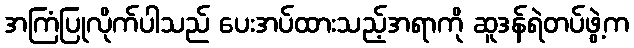
အကြံပြုလိုက်ပါသည် ပေးအပ်ထားသည့်အရာကို ဆူဒန်ရဲတပ်ဖွဲ့က